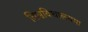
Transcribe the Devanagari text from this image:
विश्वविधालयमा